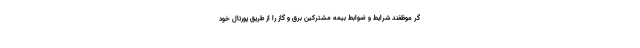
گر موظفند شرایط و ضوابط بیمه مشترکین برق و گاز را از طریق پورتال خود